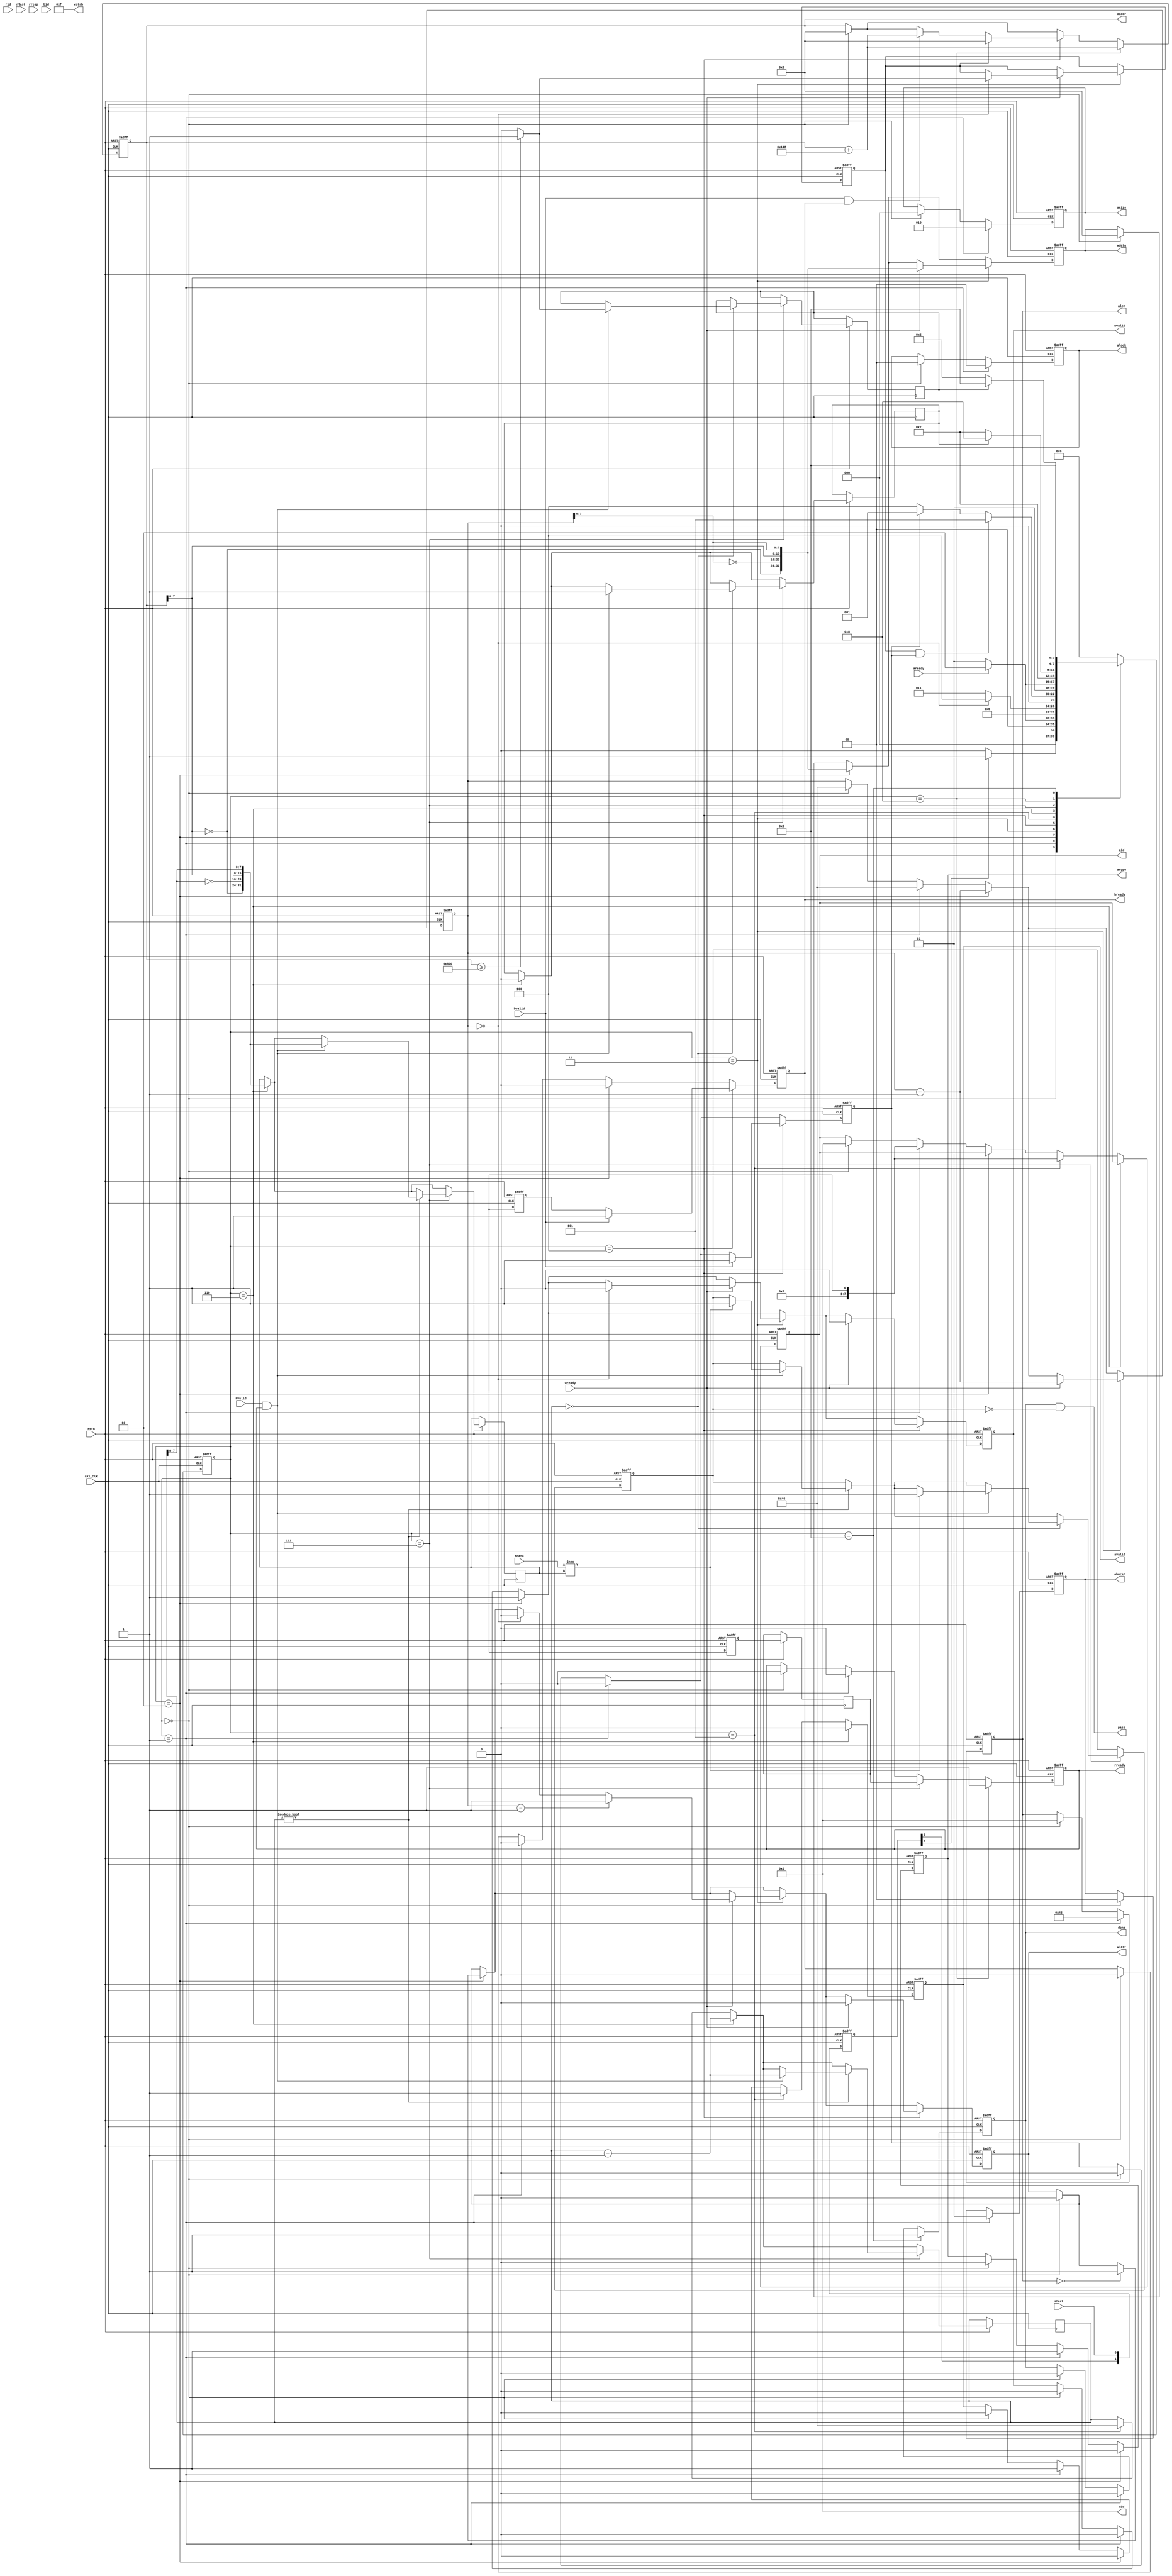
module memory_checker_axi #(
    parameter WIDTH       = 32,
    parameter ALEN        = 69,
    parameter START_ADDR  = 32'h00000000,
    parameter STOP_ADDR   = 32'h00000800,
    parameter ADDR_OFFSET = (ALEN + 1)*(WIDTH/8)
) (
input                       axi_clk,
input                       rstn,
input                       start,
output      [7:0]           aid,
output reg  [31:0]          aaddr,
output reg  [7:0]           alen,
output reg  [2:0]           asize,
output reg  [1:0]           aburst,
output reg  [1:0]           alock,
output reg                  avalid,
input                       aready,
output reg                  atype,

output      [7:0]           wid,
output reg  [WIDTH-1:0]     wdata,
output      [WIDTH/8-1:0]   wstrb,
output reg                  wlast,
output reg                  wvalid,
input                       wready,

input       [7:0]           rid,
input       [WIDTH-1:0]     rdata,
input                       rlast,
input                       rvalid,
output reg                  rready,
input       [1:0]           rresp,

input       [7:0]           bid,
input                       bvalid,
output reg                  bready,
output                      pass,

output       reg            done

);

///////////////////////////////////////////////////////////////////////////////
localparam  ASIZE = (WIDTH == 256)? 5 :
                    (WIDTH == 128)? 4 :
                    (WIDTH == 64)?  3 : 2;

//Main states
localparam  COMPARE_WIDTH = WIDTH;
localparam  IDLE         = 4'b0000, 
	    WRITE_ADDR   = 4'b0001,
	    PRE_WRITE    = 4'b0010,
	    WRITE        = 4'b0011,
	    POST_WRITE   = 4'b0100,
	    READ_ADDR    = 4'b0101,
	    PRE_READ     = 4'b0110,
	    READ_COMPARE = 4'b0111,
	    POST_READ    = 4'b1000,
	    DONE         = 4'b1001;

//reg [3:0] states, nstates;
reg             fail;
//reg             done;
reg [3:0]       states;
reg [3:0]       nstates;
reg             bvalid_done;
reg [1:0]       start_sync;
reg [8:0]       write_cnt, read_cnt;
reg [WIDTH-1:0] rdata_store;
reg             wburst_done, 
                rburst_done, 
                write_done, 
                read_done;
                
reg            bready_rand;
reg            rready_rand;
reg            rready_rand_a;

reg [7:0]      aid_rand;
///////////////////////////////////////////////////////////////////////////////
//    assign aid   = 8'h00;
    assign aid   = aid_rand;
    assign wstrb = {WIDTH/8{1'b1}};
    assign wid   = 8'h00;
    assign pass  = done & ~fail;
    
    always @(posedge axi_clk or negedge rstn) begin
        if (!rstn) begin
            start_sync <= 2'b00;
        end
        else begin
            start_sync[0] <= start;
            start_sync[1] <= start_sync[0];
        end
    end
    
    always @(posedge axi_clk or negedge rstn) begin
        if (!rstn) begin
            states <= IDLE;
        end
        else begin
            states <= nstates;
        end
    end
    
    always @(posedge axi_clk or negedge rstn) begin
        if (!rstn) begin
            bready_rand <= 0;
        end
        else begin
            bready_rand <= $urandom;
        end
    end
    
    always @(posedge axi_clk or negedge rstn) begin
        if (!rstn) begin
            rready_rand <= 0;
        end
        else begin
            rready_rand <= $urandom;
            rready_rand_a <= rready_rand;
        end
    end
    
    always @(states or start_sync[1] or write_cnt or rburst_done or write_done or read_done or bvalid_done or aready) begin
    	case(states) 
    	    IDLE :
            if (start_sync[1]) 			
                nstates = WRITE_ADDR;
    	    else					
                nstates = IDLE;
    	    WRITE_ADDR :
            if (aready)				
                nstates = PRE_WRITE;
    	    else					
                nstates = WRITE_ADDR;
    	    PRE_WRITE :
                nstates = WRITE;
    	    WRITE :
            if (write_cnt == 9'd0)			
                nstates = POST_WRITE;
    	    else		 			
                nstates = WRITE;
    	    POST_WRITE :
            if (write_done & bvalid_done) 		
                nstates = READ_ADDR;
    	    else if (bvalid_done)			
                nstates = WRITE_ADDR;
    	    else					
                nstates = POST_WRITE;
    	    READ_ADDR :
            if (aready) 				
                nstates = PRE_READ;
    	    else					
                nstates = READ_ADDR;
    	    PRE_READ :
                nstates = READ_COMPARE;
    	    READ_COMPARE :
            if (rburst_done) 			
                nstates = POST_READ;
    	    else					
                nstates = READ_COMPARE;
    	    POST_READ :
            if (read_done) 				
                nstates = DONE;
    	    else
                nstates = READ_ADDR;
    	    DONE :
                nstates = DONE;
    	    default :
                nstates = IDLE;
    	endcase
    end
    
    always @(posedge axi_clk or negedge rstn) begin
    	if (!rstn) begin
            aaddr       <= START_ADDR;
            avalid      <= 1'b0;
            atype       <= 1'b0;
            aburst      <= 2'b00;
            asize       <= 3'b000;
            alen        <= 8'd0;
            alock       <= 2'b00;
            wvalid      <= 1'b0;
            write_cnt   <= ALEN + 1;
            write_done  <= 1'b0;
            wdata       <= {WIDTH{1'b0}};
            wburst_done <= 1'b0;
            wlast       <= 1'b0;
            bready      <= 1'b0;
            fail        <= 1'b0;
            done        <= 1'b0;
            rready      <= 1'b0;
            bvalid_done <= 1'b0;
            aid_rand    <= 8'h0;
    	end 
        else begin
            if (states == IDLE) begin
                aaddr       <= START_ADDR;
                avalid      <= 1'b0;
                atype       <= 1'b0;
                aburst      <= 2'b00;
                asize       <= 3'b000;
                alen        <= 8'd0;
                alock       <= 2'b00;
                wvalid      <= 1'b0;
                write_cnt   <= ALEN + 1;
                wdata       <= {WIDTH{1'b0}};
                wburst_done <= 1'b0;
                wlast       <= 1'b0;
                bready      <= 1'b0;
                rready      <= 1'b0;
                bvalid_done <= 1'b0;
                //fail        <= 1'b0;
                done        <= 1'b0;
                aid_rand    <= 8'h0;
            end
            if (states == WRITE_ADDR) begin
                avalid      <= 1'b1;
                atype       <= 1'b1;
                asize       <= ASIZE;
                alen        <= ALEN;
                aburst      <= 2'b01;
                alock       <= 2'b00;
                wvalid      <= 1'b0;
                write_cnt   <= ALEN + 1;
                wburst_done <= 1'b0;
                bvalid_done <= 1'b0;
                bready      <= 1'b0;
                rready      <= 1'b0;
                done        <= 1'b0;
                //fail        <= 1'b0;
                aid_rand    <= $urandom;
            end
            if (states == PRE_WRITE) begin
                avalid      <= 1'b0;
                atype       <= 1'b0;
                wvalid      <= 1'b1;
                wdata       <= {{WIDTH/32{~aaddr[7:0]}},{WIDTH/32{~write_cnt[7:0]}},{WIDTH/32{aaddr[7:0]}},{WIDTH/32{write_cnt[7:0]}}};
                bready      <= 1'b0;
                write_cnt   <= write_cnt - 1;
                aid_rand    <= aid_rand;
                if(alen == 'd0) begin
                    wlast <= 1'b1;
                end
            end
            if (states == WRITE) begin
                if (wready == 1'b1) begin
                    wdata   <= {{WIDTH/32{~aaddr[7:0]}},{WIDTH/32{~write_cnt[7:0]}},{WIDTH/32{aaddr[7:0]}},{WIDTH/32{write_cnt[7:0]}}};
                    if (write_cnt == 9'd0) begin
                        wburst_done <= 1'b1;
                        wlast       <= 1'b0;
                        wvalid      <= 1'b0;
                        if (aaddr >= STOP_ADDR) begin
                            write_done <= 1'b1;
                        end
                        else begin
                            write_done <= 1'b0;
                        end
                    end if (write_cnt == 9'd1) begin
                        wlast     <= 1'b1;
                        write_cnt <= write_cnt - 1;
                    end 
                    else begin
                        write_cnt <= write_cnt - 1;
                    end
                end
            end
            if (states == POST_WRITE) begin           	
                bready      <= bready_rand;
                if (write_done) begin
                    aaddr <= START_ADDR;
                end 
                else begin
                    if (bvalid & bready) begin
                        aaddr <= aaddr + ADDR_OFFSET;
                    end
                end
                if (wready == 1'b1) begin
                    wlast   <= 1'b0;	
                    wvalid  <= 1'b0;	
                end
                if (bvalid) begin
                    bvalid_done <= 1'b1;
                    bready      <= 1'b1;
                end
            end
            if (states == READ_ADDR) begin
                avalid   <= 1'b1;
                read_cnt <= ALEN + 1;
                aid_rand    <= $urandom;
            end
            if (states == PRE_READ) begin
                avalid      <= 1'b0;
                rburst_done <= 1'b0;
                rdata_store <= {{WIDTH/32{~aaddr[7:0]}},{WIDTH/32{~read_cnt[7:0]}},{WIDTH/32{aaddr[7:0]}},{WIDTH/32{read_cnt[7:0]}}};
                read_cnt    <= read_cnt - 1'b1;
                aid_rand    <= aid_rand;
            end
            if (states == READ_COMPARE) begin
                rready <= rready_rand_a;
                //rready <= 1'b1;
                if (read_cnt != 9'd0) begin
                    if (rvalid == 1'b1 && rready == 1'b1) begin
                        rdata_store <= {{WIDTH/32{~aaddr[7:0]}},{WIDTH/32{~read_cnt[7:0]}},{WIDTH/32{aaddr[7:0]}},{WIDTH/32{read_cnt[7:0]}}};
                        read_cnt <= read_cnt - 1'b1;
                        if (rdata[COMPARE_WIDTH-1:0] !== rdata_store[COMPARE_WIDTH-1:0]) 
                            fail <= 1'b1;
                        //else 
                        //    fail <= 1'b0;
                    end
                end
                if (read_cnt == 9'd0) begin
                    if (rvalid == 1'b1 && rready == 1'b1) begin
                        if (rdata[COMPARE_WIDTH-1:0] !== rdata_store[COMPARE_WIDTH-1:0]) begin
                            fail <= 1'b1;
                        end 
                        if (aaddr >= STOP_ADDR) begin
                            read_done <= 1'b1;
                        end 
                        else begin
                            read_done <= 1'b0;
                        end
                        rburst_done <= 1'b1;
                    end
                end
            end
            if (states == POST_READ) begin
                aaddr <= aaddr + ADDR_OFFSET;
                rready <= 1'b1;
            end
            if (states == DONE) begin
                done <= 1'b1;
            end
        end
    end
endmodule